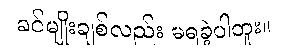
ခင်မျိုးချစ်လည်း မရခဲ့ပါဘူး။